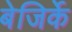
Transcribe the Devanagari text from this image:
बेजिर्के